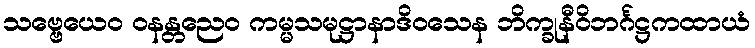
သဗ္ဗေယေဝ ဝနန္တညေဝ ကမ္မသမုဋ္ဌာနာဒိဝသေန ဘိက္ခုနီဝိဘင်္ဂဋ္ဌကထာယံ